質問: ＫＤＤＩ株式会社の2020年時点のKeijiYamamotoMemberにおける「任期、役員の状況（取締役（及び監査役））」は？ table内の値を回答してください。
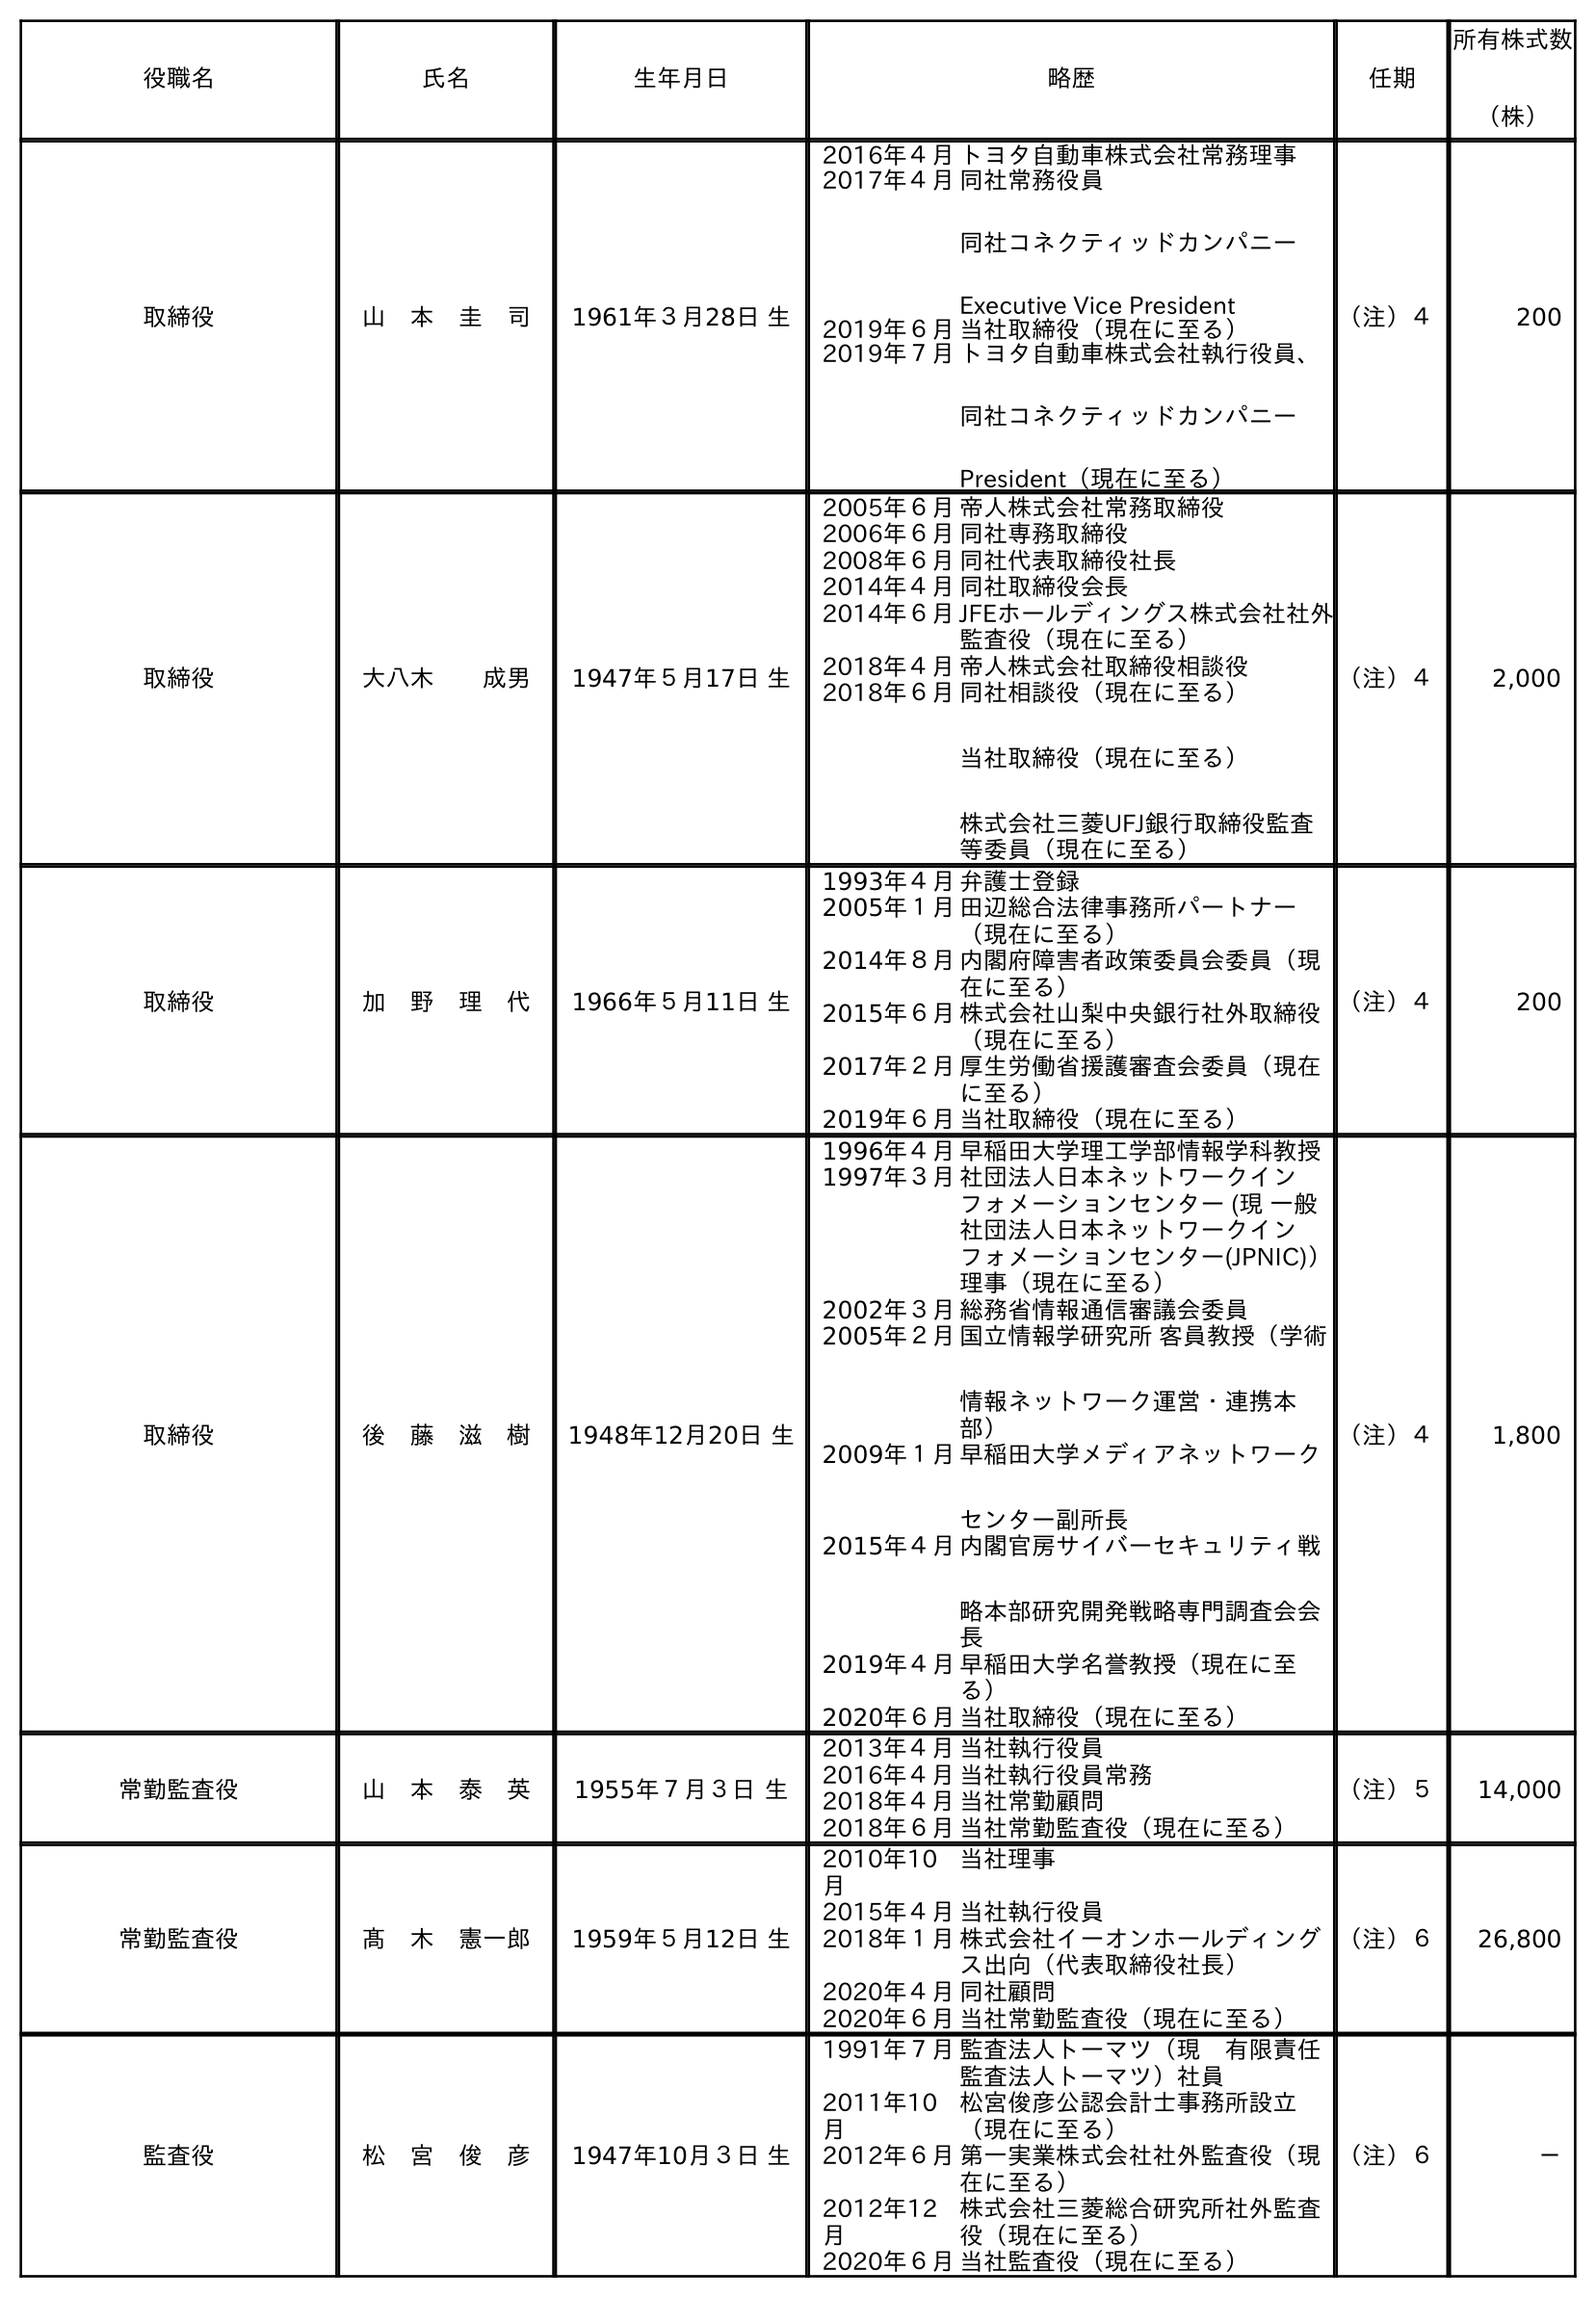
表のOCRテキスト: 役職名 氏名 生年月日 略歴 任期 所有株式数 （株） 取締役 山 本 圭 司 1961年３月28日 生 2016年４月トヨタ自動車株式会社常務理事 2017年４月同社常務役員 同社コネクティッドカンパニー Executive Vice President 2019年６月当社取締役（現在に至る） 2019年７月トヨタ自動車株式会社執行役員、 同社コネクティッドカンパニー President（現在に至る） （注）４ 200 取締役 大八木  成男 1947年５月17日 生 2005年６月帝人株式会社常務取締役 2006年６月同社専務取締役 2008年６月同社代表取締役社長 2014年４月同社取締役会長 2014年６月JFEホールディングス株式会社社外 監査役（現在に至る） 2018年４月帝人株式会社取締役相談役 2018年６月同社相談役（現在に至る） 当社取締役（現在に至る） 株式会社三菱UFJ銀行取締役監査 等委員（現在に至る） （注）４ 2,000 取締役 加 野 理 代 1966年５月11日 生 1993年４月弁護士登録 2005年１月田辺総合法律事務所パートナー （現在に至る） 2014年８月内閣府障害者政策委員会委員（現 在に至る） 2015年６月株式会社山梨中央銀行社外取締役 （現在に至る） 2017年２月厚生労働省援護審査会委員（現在 に至る） 2019年６月当社取締役（現在に至る） （注）４ 200 取締役 後 藤 滋 樹 1948年12月20日 生 1996年４月早稲田大学理工学部情報学科教授 1997年３月社団法人日本ネットワークイン フォメーションセンター (現 一般 社団法人日本ネットワークイン フォメーションセンター(JPNIC)） 理事（現在に至る） 2002年３月総務省情報通信審議会委員 2005年２月国立情報学研究所 客員教授（学術 情報ネットワーク運営・連携本 部） 2009年１月早稲田大学メディアネットワーク センター副所長 2015年４月内閣官房サイバーセキュリティ戦 略本部研究開発戦略専門調査会会 長 2019年４月早稲田大学名誉教授（現在に至 る） 2020年６月当社取締役（現在に至る） （注）４ 1,800 常勤監査役 山 本 泰 英 1955年７月３日 生 2013年４月当社執行役員 2016年４月当社執行役員常務 2018年４月当社常勤顧問 2018年６月当社常勤監査役（現在に至る） （注）５ 14,000 常勤監査役 髙 木 憲一郎 1959年５月12日 生 2010年10 月 当社理事 2015年４月当社執行役員 2018年１月株式会社イーオンホールディング ス出向（代表取締役社長） 2020年４月同社顧問 2020年６月当社常勤監査役（現在に至る） （注）６ 26,800 監査役 松 宮 俊 彦 1947年10月３日 生 1991年７月監査法人トーマツ（現 有限責任 監査法人トーマツ）社員 2011年10 月 松宮俊彦公認会計士事務所設立 （現在に至る） 2012年６月第一実業株式会社社外監査役（現 在に至る） 2012年12 月 株式会社三菱総合研究所社外監査 役（現在に至る） 2020年６月当社監査役（現在に至る） （注）６ －
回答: （注）４